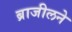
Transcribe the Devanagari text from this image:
ब्राजीलने